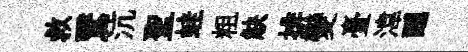
救鷖沆聖蛙粗觖排變臺湋醺